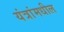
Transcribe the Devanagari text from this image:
यंत्रांमधील